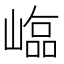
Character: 𡻵